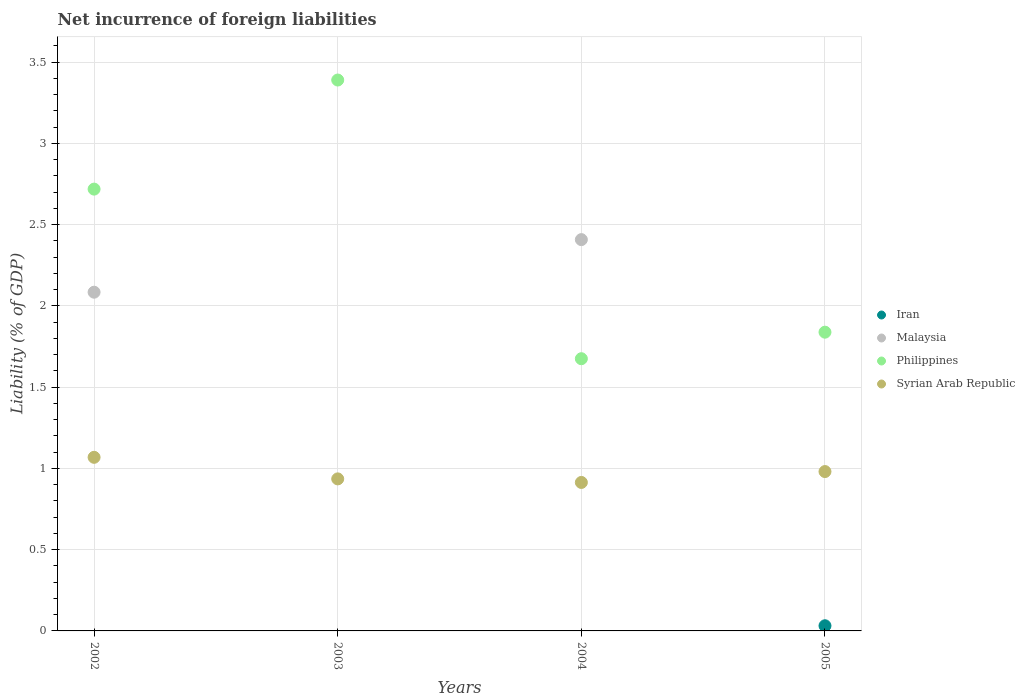
| Years | Iran | Malaysia | Philippines | Syrian Arab Republic |
 | --- | --- | --- | --- | --- |
 | 2002 | -1.96 | 2.08 | 2.72 | 1.07 |
 | 2003 | -1.58 | -0.717 | 3.39 | 0.935 |
 | 2004 | -1.87 | 2.41 | 1.67 | 0.913 |
 | 2005 | 0.0318 | -1.19 | 1.84 | 0.98 |